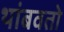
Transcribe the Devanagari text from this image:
थांबवतो